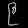
Digit: ၉